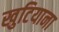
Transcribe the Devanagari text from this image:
खुटियाना